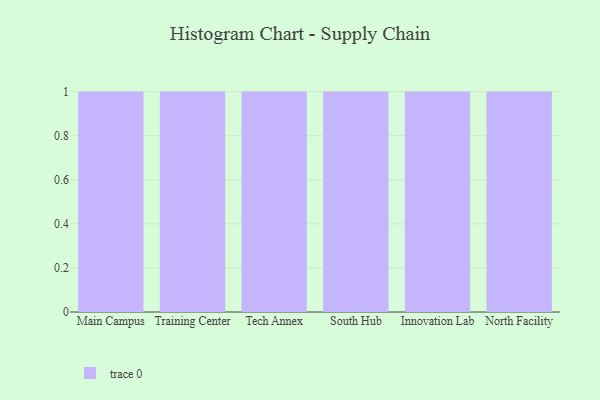
{"axis": {"x": "Campus", "y": "Tickets Resolved"}, "legend": [""], "data": [{"x": "Main Campus", "y": 34, "type": ""}, {"x": "Training Center", "y": 94, "type": ""}, {"x": "Tech Annex", "y": 63, "type": ""}, {"x": "South Hub", "y": 95, "type": ""}, {"x": "Innovation Lab", "y": 76, "type": ""}, {"x": "North Facility", "y": 52, "type": ""}]}